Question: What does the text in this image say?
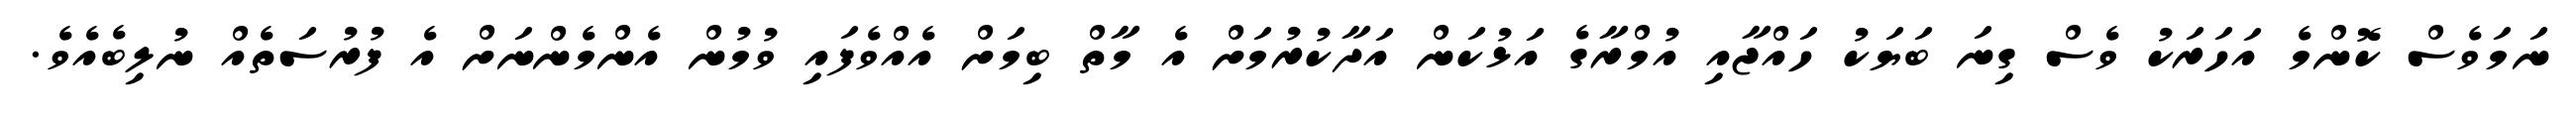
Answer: ނަމަވެސް ކޮންމެ އަހަރަކު ވެސް ގިނަ ބަޔަކު ހައްޖާއި އުމްރާގެ އަޅުކަން އަދާކުރުމަށް އެ މާތް ބިމަށް އެއްވެފައި ވުމުން އެންމެންނަށް އެ ފުރުސަތެއް ނުލިބެއެވެ.